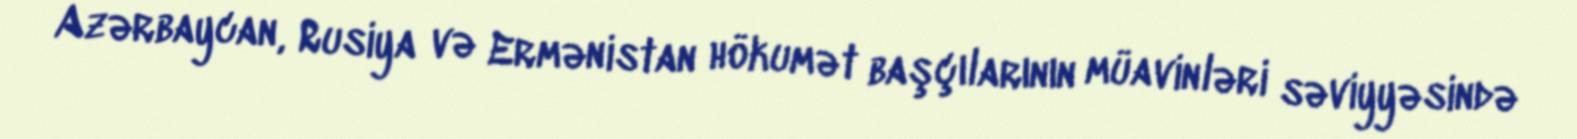
Azərbaycan, Rusiya və Ermənistan hökumət başçılarının müavinləri səviyyəsində